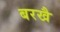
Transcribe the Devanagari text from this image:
बरखै